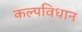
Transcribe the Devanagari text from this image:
कल्पविधान